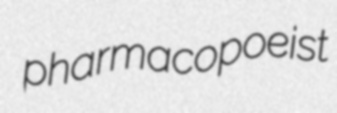
pharmacopoeist